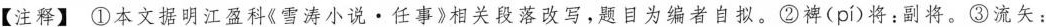
【注释】 ①本文据明江盈科《雪涛小说·任事》相关段落改写，题目为编者自拟。②裨( pí )将：副将。③流矢：